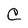
Character: C